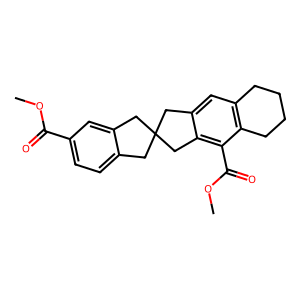
SMILES: COC(=O)c1ccc2c(c1)CC1(C2)Cc2cc3c(c(C(=O)OC)c2C1)CCCC3
Inhibits HIV replication: No